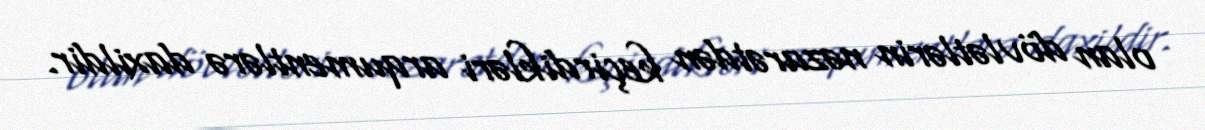
olan dövlətlərin nəzarətdən keçirdikləri arqumentlərə daxildir.